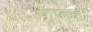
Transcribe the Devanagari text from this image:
पापडही